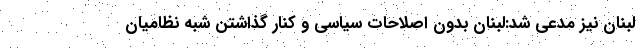
لبنان نیز مدعی شد:لبنان بدون اصلاحات سیاسی و کنار گذاشتن شبه نظامیان